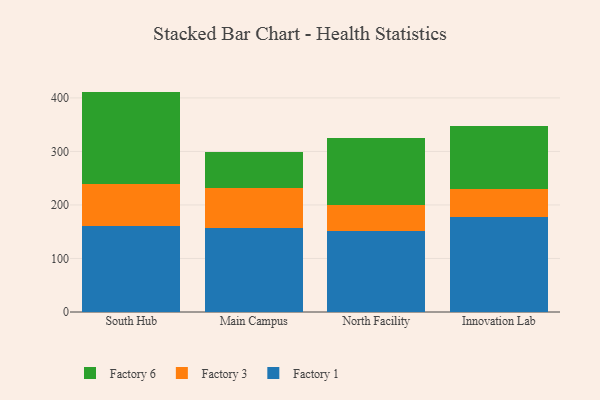
{"axis": {"x": "Campus", "y": "Conversion Rate (%)"}, "legend": ["Factory 1", "Factory 3", "Factory 6"], "data": [{"x": "South Hub", "y": 161.3, "type": "Factory 1"}, {"x": "South Hub", "y": 77.4, "type": "Factory 3"}, {"x": "South Hub", "y": 173.1, "type": "Factory 6"}, {"x": "Main Campus", "y": 156.4, "type": "Factory 1"}, {"x": "Main Campus", "y": 75.9, "type": "Factory 3"}, {"x": "Main Campus", "y": 67.4, "type": "Factory 6"}, {"x": "North Facility", "y": 151.8, "type": "Factory 1"}, {"x": "North Facility", "y": 48.3, "type": "Factory 3"}, {"x": "North Facility", "y": 124.3, "type": "Factory 6"}, {"x": "Innovation Lab", "y": 177.9, "type": "Factory 1"}, {"x": "Innovation Lab", "y": 51.1, "type": "Factory 3"}, {"x": "Innovation Lab", "y": 117.7, "type": "Factory 6"}]}